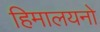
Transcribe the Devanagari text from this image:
हिमालयनो